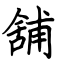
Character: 舖